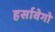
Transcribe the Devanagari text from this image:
हर्सावेगो